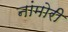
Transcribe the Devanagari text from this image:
नांमोरी